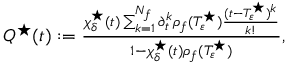
\begin{array} { r } { Q ^ { \star } ( t ) : = \frac { \chi _ { \delta } ^ { \star } ( t ) \sum _ { k = 1 } ^ { N _ { f } } \partial _ { t } ^ { k } \rho _ { f } ( T _ { \varepsilon } ^ { \star } ) \frac { ( t - T _ { \varepsilon } ^ { \star } ) ^ { k } } { k ! } } { 1 - \chi _ { \delta } ^ { \star } ( t ) \rho _ { f } ( T _ { \varepsilon } ^ { \star } ) } , } \end{array}